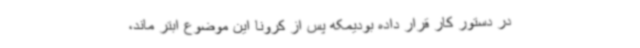
در دستور کار قرار داده‌ بودیمکه پس از کرونا این موضوع ابتر ماند،